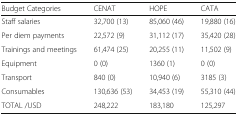
<table><thead><tr><td><b>Budget Categories</b></td><td><b>CENAT</b></td><td><b>HOPE</b></td><td><b>CATA</b></td></tr></thead><tbody><tr><td>Staff salaries</td><td>32,700 (13)</td><td>85,060 (46)</td><td>19,880 (16)</td></tr><tr><td>Per diem payments</td><td>22,572 (9)</td><td>31,112 (17)</td><td>35,420 (28)</td></tr><tr><td>Trainings and meetings</td><td>61,474 (25)</td><td>20,255 (11)</td><td>11,502 (9)</td></tr><tr><td>Equipment</td><td>0 (0)</td><td>1360 (1)</td><td>0 (0)</td></tr><tr><td>Transport</td><td>840 (0)</td><td>10,940 (6)</td><td>3185 (3)</td></tr><tr><td>Consumables</td><td>130,636 (53)</td><td>34,453 (19)</td><td>55,310 (44)</td></tr><tr><td>TOTAL /USD</td><td>248,222</td><td>183,180</td><td>125,297</td></tr></tbody></table>